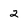
Character: 2